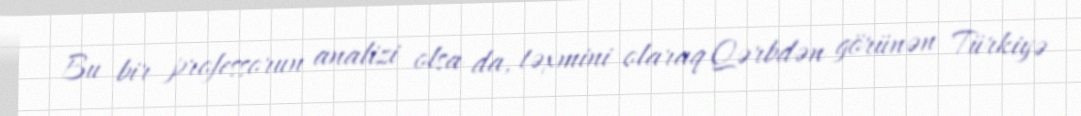
Bu bir professorun analizi olsa da, təxmini olaraq Qərbdən görünən Türkiyə